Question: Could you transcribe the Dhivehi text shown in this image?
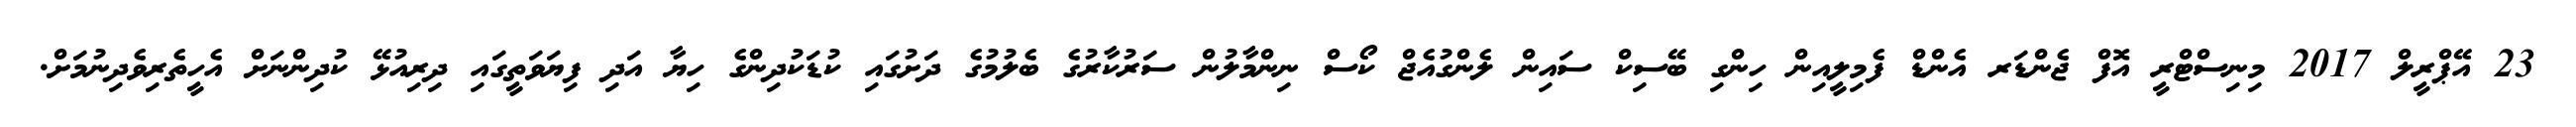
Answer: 23 އޭޕްރީލް 2017 މިނިސްޓްރީ އޮފް ޖެންޑަރ އެންޑް ފެމިލީއިން ހިންގި ބޭސިކް ސައިން ލެންގުއެޖް ކޯސް ނިންމާލުން ސަރުކާރުގެ ބެލުމުގެ ދަށުގައި ކުޑަކުދިންގެ ހިޔާ އަދި ފިޔަވަތީގައި ދިރިއުޅޭ ކުދިންނަށް އެހީތެރިވެދިނުމަށް.